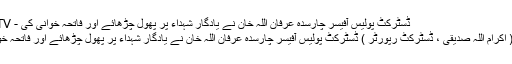
ڈسٹرکٹ پولیس آفیسر چارسدہ عرفان اللہ خان نے یادگار شہداء پر پھول چڑھائے اور فاتحہ خوانی کی - ENN TV
چارسدہ ( اکرام اللہ صدیقی ، ڈسٹرکٹ رپورٹر ) ڈسٹرکٹ پولیس آفیسر چارسدہ عرفان اللہ خان نے یادگار شہداء پر پھول چڑھائے اور فاتحہ خوانی کی۔